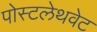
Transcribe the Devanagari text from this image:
पोस्टलेथवेट